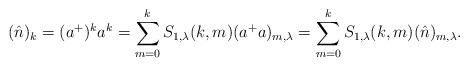
LaTeX: \begin{align*}(\hat{n})_{k}=(a^{+})^{k}a^{k}&=\sum_{m=0}^{k}S_{1,\lambda}(k,m)(a^{+}a)_{m,\lambda}=\sum_{m=0}^{k}S_{1,\lambda}(k,m)(\hat{n})_{m,\lambda}.\end{align*}